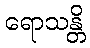
ရောသန္တိ